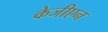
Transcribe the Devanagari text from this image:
केजीएन